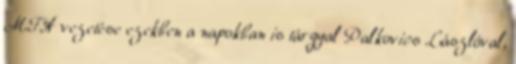
MTA vezetése ezekben a napokban is tárgyal Palkovics Lászlóval,